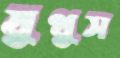
যুথুস